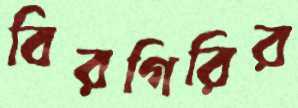
বিরগিরির